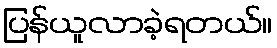
ပြန်ယူလာခဲ့ရတယ်။